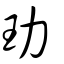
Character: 玏